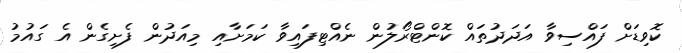
ކޮވިޑަށް ފައްސިވާ އަދަދުތައް ކޮންޓްރޯލުން ނެއްޓިފައިވާ ކަމަށާއި މިއަދުން ފެށިގެން އެ ގައުމު